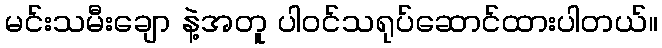
မင်းသမီးချော နဲ့အတူ ပါဝင်သရုပ်ဆောင်ထားပါတယ်။